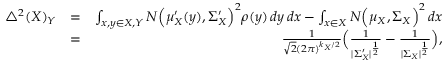
\begin{array} { r l r } { \bigtriangleup ^ { 2 } ( X ) _ { Y } } & { = } & { \int _ { x , y \in X , Y } N \Big ( \mu _ { X } ^ { \prime } ( y ) , \Sigma _ { X } ^ { \prime } \Big ) ^ { 2 } \rho ( y ) \, d y \, d x - \int _ { x \in X } N \Big ( \mu _ { X } , \Sigma _ { X } \Big ) ^ { 2 } \, d x } \\ & { = } & { \frac { 1 } { \sqrt { 2 } ( 2 \pi ) ^ { k _ { X } / 2 } } \Big ( \frac { 1 } { | \Sigma _ { X } ^ { \prime } | ^ { \frac { 1 } { 2 } } } - \frac { 1 } { | \Sigma _ { X } | ^ { \frac { 1 } { 2 } } } \Big ) , } \end{array}